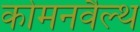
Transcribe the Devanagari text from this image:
कोमनवैल्थ